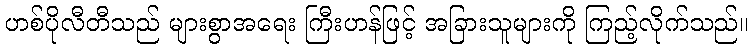
ဟစ်ပိုလီတီသည် များစွာအရေး ကြီးဟန်ဖြင့် အခြားသူများကို ကြည့်လိုက်သည်။